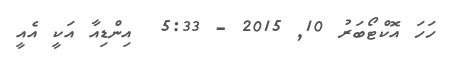
ހަހަ އޮކްޓޯބަރު 10